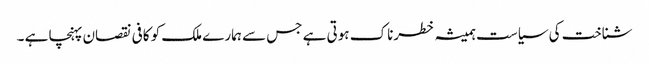
شناخت کی سیاست ہمیشہ خطرناک ہوتی ہے جس سے ہمارے ملک کو کافی نقصان پہنچا ہے ۔